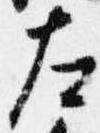
左